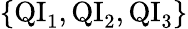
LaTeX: \{ \mathrm{QI}_{1},\mathrm{QI}_{2},\mathrm{QI}_{3}\}